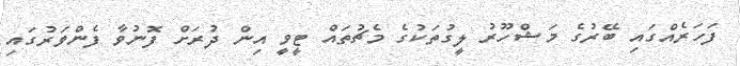
ފަހަރެއްގައި ބޭރުގެ މަޝްހޫރު ލީގުތަކުގެ މެޗުތައް ޓީވީ އިން ދުރަށް ފޮނުވާ ފެންވަރުގައި